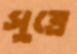
সুত্রে